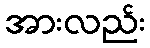
အားလည်း